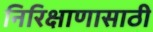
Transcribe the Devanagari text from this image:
निरिक्षाणासाठी